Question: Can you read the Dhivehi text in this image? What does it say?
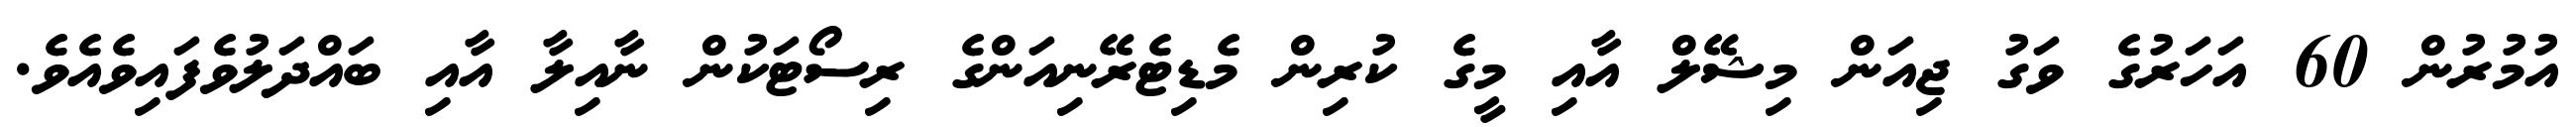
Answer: އުމުރުން 60 އަހަރުގެ ވަގު ޖިއަން މިޝޭލް އާއި މީގެ ކުރިން މެޑިޓެރޭނިއަންގެ ރިސޯޓަކުން ނާއިލާ އާއި ބައްދަލުވެފައިވެއެވެ.